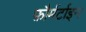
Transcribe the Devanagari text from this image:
फ़ौर्मर्टाइन